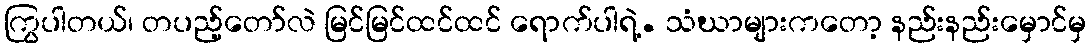
ကြွပါတယ်၊ တပည့်တော်လဲ မြင်မြင်ထင်ထင် ရောက်ပါရဲ့. သံဃာများကတော့ နည်းနည်းမှောင်မှ